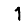
Digit: 1